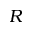
R